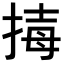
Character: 𢮇